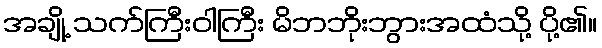
အချို့ သက်ကြီးဝါကြီး မိဘဘိုးဘွားအထံသို့ ပို့၏။